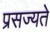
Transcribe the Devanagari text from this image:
प्रसज्यते